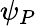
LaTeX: \psi_{P}